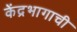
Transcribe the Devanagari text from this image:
केंद्रभागाची